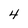
Character: 4